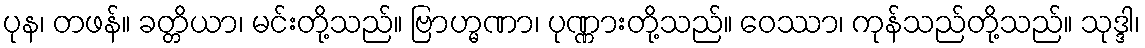
ပုန၊ တဖန်။ ခတ္တိယာ၊ မင်းတို့သည်။ ဗြာဟ္မဏာ၊ ပုဏ္ဏားတို့သည်။ ဝေဿာ၊ ကုန်သည်တို့သည်။ သုဒ္ဒါ၊